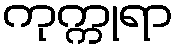
ကုက္ကုရာ